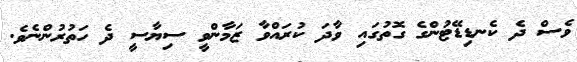
ވެސް ދެ ކެނޑިޑޭޓުންގެ ގޮތުގައި ވާދަ ކުރައްވާ ޒަމާންވީ ސިޔާސީ ދެ ހަތުރުންނެވެ.